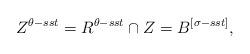
LaTeX: \begin{align*} Z^{\theta-sst}=R^{\theta-sst} \cap Z=B^{[\sigma-sst]}, \end{align*}